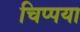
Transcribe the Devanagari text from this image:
चिप्पया